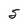
Character: 5